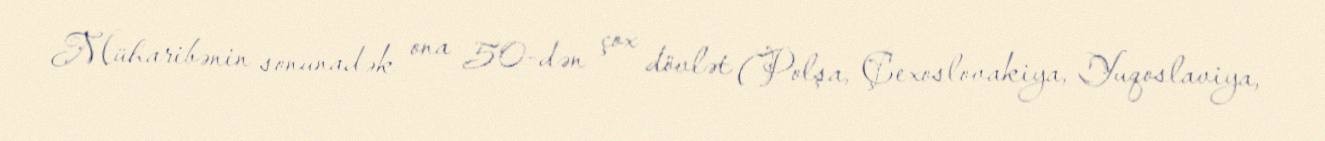
Müharibənin sonunadək ona 50-dən çox dövlət (Polşa, Çexoslovakiya, Yuqoslaviya,